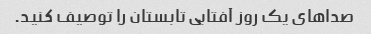
صداهای یک روز آفتابی تابستان را توصیف کنید.